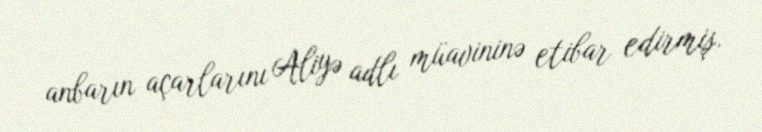
anbarın açarlarını Aliyə adlı müavininə etibar edirmiş.